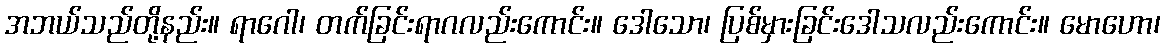
အဘယ်သည်တို့နည်း။ ရာဂေါ၊ တက်ခြင်းရာဂလည်းကောင်း။ ဒေါသော၊ ပြစ်မှားခြင်းဒေါသလည်းကောင်း။ မောဟော၊